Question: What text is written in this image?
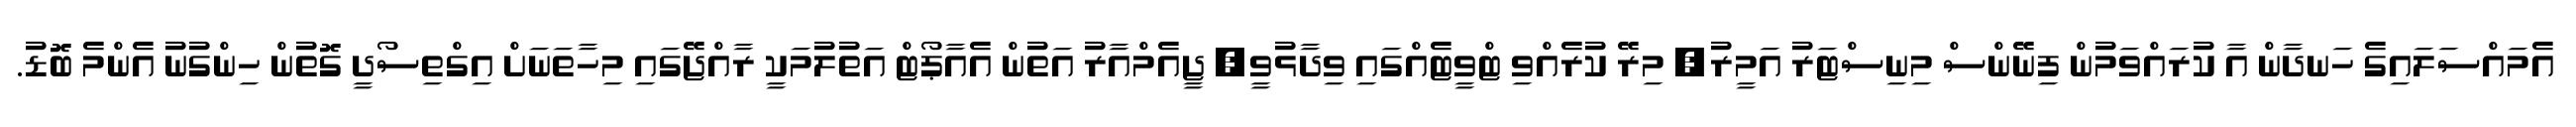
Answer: އެމައްސަލައިގެ ހަނދާން އާ ކުރައްވަމުން ފިނޭންސް މިނިސްޓަރު އަމީރު, މިރޭ ކުރެއްވި ޓްވީޓެއްގައި ވިދާޅުވީ, ޖީއެމްއާރު އަތުން އެއާޕޯޓް އަތުލުމަކީ ރާއްޖޭގައި މިހާތަނަށް އިގްތިސޯދީ ގޮތުން ހިންގުނު އެންމެ ބޮޑު.